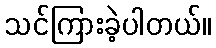
သင်ကြားခဲ့ပါတယ်။